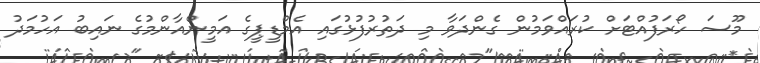
މޫސަ ހޯރަފުއްޓަށް ކުރައްވަމުން ގެންދަވާ މި ދަތުރުފުޅުގައި އެމްޑީޕީގެ އަމީންއާންމުގެ ނައިބު އަހުމަދު